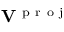
\mathbf { V } ^ { \mathrm { ~ p ~ r ~ o ~ j ~ } }